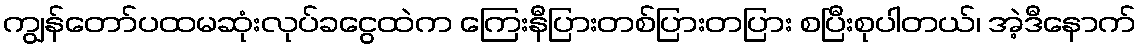
ကျွန်တော်ပထမဆုံးလုပ်ခငွေထဲက ကြေးနီပြားတစ်ပြားတပြား စပြီးစုပါတယ်၊ အဲ့ဒီနောက်